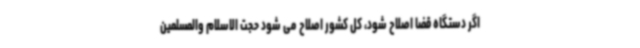
اگر دستگاه قضا اصلاح شود، کل کشور اصلاح می شود حجت الاسلام والمسلمین